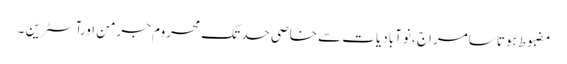
مضبوط ہوتا سامراج ، نوآبادیات سے خاصی حد تک محروم جرمن اورآسٹرین ۔